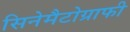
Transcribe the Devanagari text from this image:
सिनेमैटोग्राफी